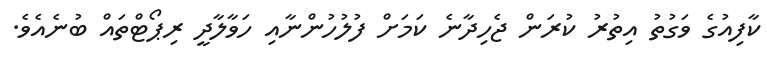
ކާފިއުގެ ވަގުތު އިތުރު ކުރަން ޖެހިދާނެ ކަމަށް ފުލުހުންނާއި ހަވާލާދީ ރިޕޯޓްތައް ބުނެއެވެ.